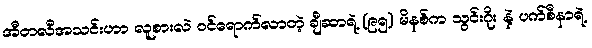
အီတလီအသင်းဟာ လူစားလဲ ဝင်ရောက်လာတဲ့ ချီဆာရဲ့ (၉၅) မိနစ်က သွင်းဂိုး နဲ့ ပက်စီနာရဲ့